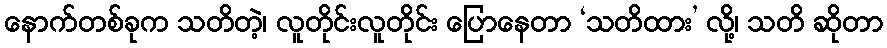
နောက်တစ်ခုက သတိတဲ့၊ လူတိုင်းလူတိုင်း ပြောနေတာ ‘သတိထား’ လို့၊ သတိ ဆိုတာ